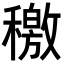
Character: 𥢹